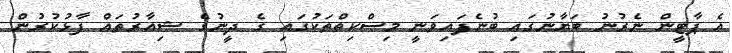
އެ ޕާޓީން ނެރުނު ބަޔާނުގައި ބުނެފައިވަނީ މިސްކިތްތަކުގައި ގެ ދީނުގެ ޝިއާރުތައް ފާޅުކުރުން